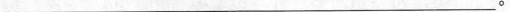
___。